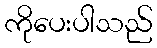
ကိုပေးပါသည်